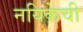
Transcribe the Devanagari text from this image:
नयिकेची